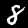
Digit: 8